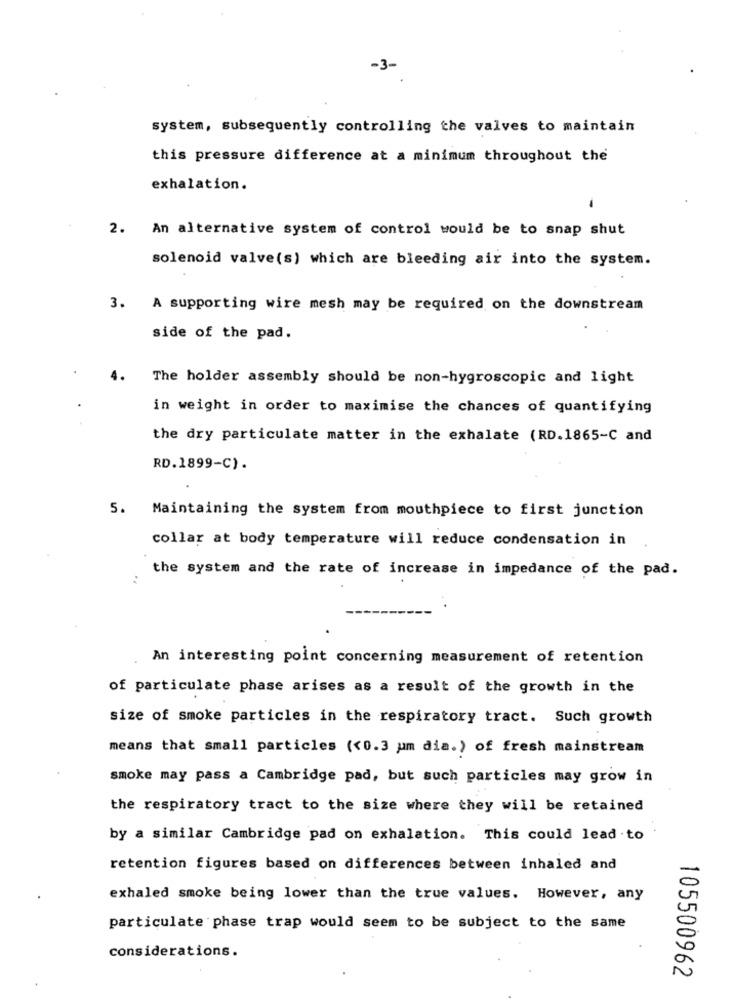
-3-
system, subsequently controlling the valves to maintain
this pressure difference at a minimum throughout the
exhalation.
-
2. An alternative system of control would be to snap shut
solenoid valve(s) which are bleeding air into the system.
3. A supporting wire mesh may be required on the downstream
side of the pad.
The holder assembly should be non-hygroscopic and light
in weight in order to maximise the chances of quantifying
the dry particulate matter in the exhalate (RD.1865-C and
RD.1899-C) .
5. Maintaining the system from mouthpiece to first junction
collar at body temperature will reduce condensation in
the system and the rate of increase in impedance of the pad.
:
An interesting point concerning measurement of retention
of particulate phase arises as a result of the growth in the
size of smoke particles in the respiratory tract. Such growth
means that small particles (<0.3 um dia.) of fresh mainstream
smoke may pass a Cambridge pad, but such particles may grow in
the respiratory tract to the size where they will be retained
by a similar Cambridge pad on exhalation. This could lead to
retention figures based on differences between inhaled and
exhaled smoke being lower than the true values. However, any
particulate phase trap would seem to be subject to the same
considerations.
105500962